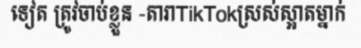
ទៀត ត្រូវចាប់ខ្លួន -តារាTikTokស្រស់ស្អាតម្នាក់